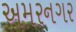
અમરનગર